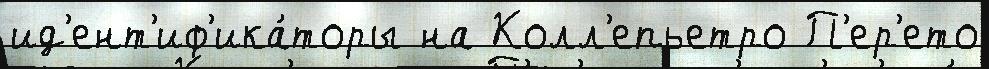
ид'ент'иф'ика́торы на Колл'епьетро П'ер'ето